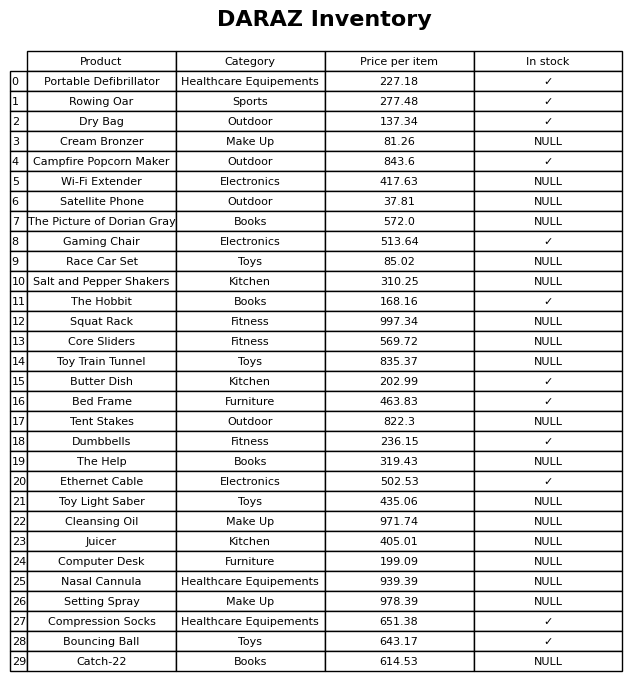
question: What is the price for Bouncing Ball?
answer: The price of Bouncing Ball is 643.17.